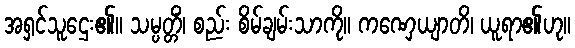
အရှင်သူဌေး၏။ သမ္ပတ္တိံ၊ စည်း စိမ်ချမ်းသာကို။ ကဏှေယျာတိ၊ ယူရာ၏ဟု။